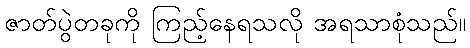
ဇာတ်ပွဲတခုကို ကြည့်နေရသလို အရသာစုံသည်။